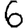
Digit: 6